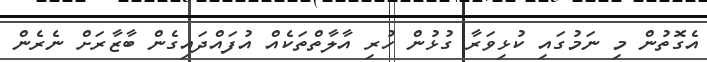
އެގޮތުން މި ނަމުގައި ކުޅިވަރާ ގުޅުން ހުރި އާލާތްތަކެއް އުފައްދައިގެން ބާޒާރަށް ނެރެން